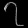
Digit: ၇